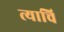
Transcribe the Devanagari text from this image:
त्याचि